Lunatic asylums Punjab 1881-1894 - 1881-1894
Year: 1881
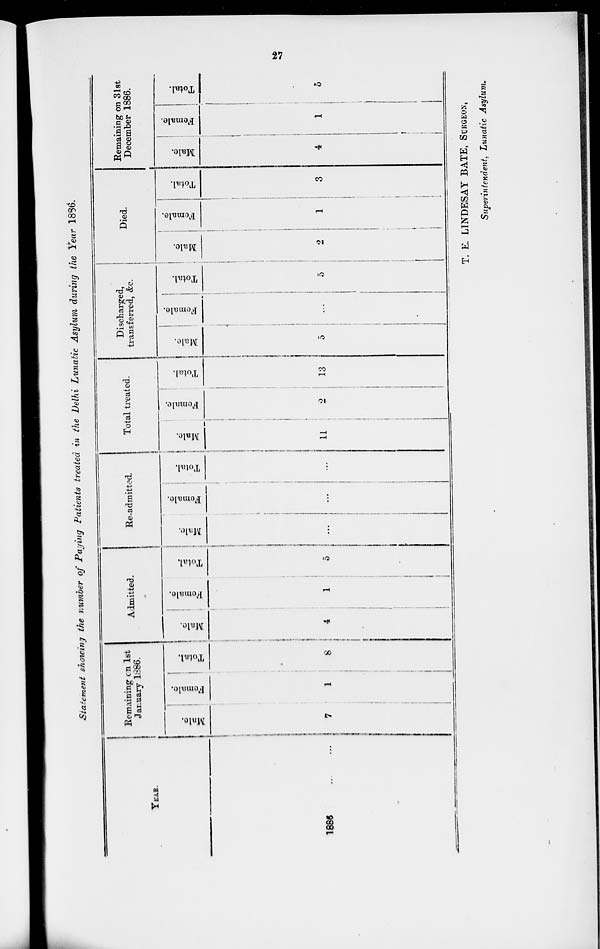
27
Statement showing the number of Paying Patients treated in the Delhi Lunatic Asylum during the Year 1886.
YEAR.
1886
...
...
Remaining on 1st
January 1886.
Male.
7
Females.
1
Total.
8
Admitted.
Male.
4
Females.
1
Total.
5
Re-admitted.
Male.
...
Females.
...
Total.
...
Total treated.
Male.
11
Females.
2
Total.
13
Discharged,
transferred, &c.
Male.
5
Females.
...
Total.
5
Died.
Male.
2
Females.
1
Total.
3
Remaining on 31st
December 1886.
Male.
4
Females.
1
Total.
5
T. E. LINDESAY BATE, SURGEON,
Superintendent, Lunatic Asylum.